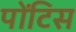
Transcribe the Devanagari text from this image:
पोंटिस